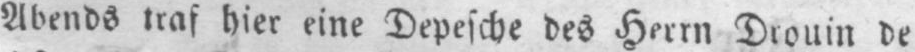
Abends traf hier eine Depesche des Herrn Drouin de